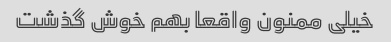
خیلی ممنون واقعا بهم خوش گذشت